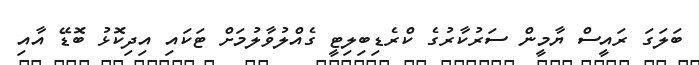
ބަލަގަ ރައީސް ޔާމީން ސަރުކާރުގެ ކްރެޑިބިލިޓީ ގެއްްލުވާލުމަށް ޓަކައި އިދިކޮޅު ބޮޑޭ އާއި